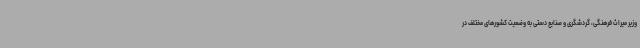
وزیر میراث فرهنگی، گردشگری و صنایع دستی به وضعیت کشورهای مختلف در